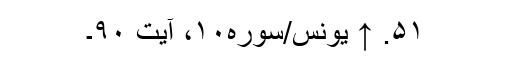
۵۱. ↑ یونس/سوره۱۰، آیت ۹۰۔